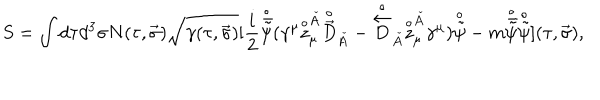
LaTeX: S = \int d \tau d ^ { 3 } \sigma N ( \tau , \vec { \sigma } ) \sqrt { \gamma ( \tau , \vec { \sigma } ) } [ { \frac { i } { 2 } } { \frac { \buildrel \circ } { \bar { \tilde { \psi } } } } ( \gamma ^ { \mu } { \frac { \buildrel \circ } { z } } _ { \mu } ^ { \check { A } } { \frac { \buildrel \circ } { \vec { D } } } _ { \check { A } } - { \frac { \buildrel \circ } { \frac { \buildrel \leftarrow } { D } } } _ { \check { A } } { \frac { \buildrel \circ } { z } } _ { \mu } ^ { \check { A } } \gamma ^ { \mu } ) { \frac { \buildrel \circ } { \tilde { \psi } } } - m { \frac { \buildrel \circ } { \bar { \tilde { \psi } } } } { \frac { \buildrel \circ } { \tilde { \psi } } } ] ( \tau , \vec { \sigma } ) ,